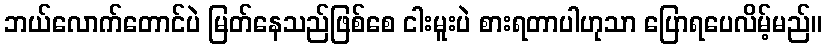
ဘယ်လောက်တောင်ပဲ မြတ်နေသည်ဖြစ်စေ ငါးမူးပဲ စားရတာပါဟုသာ ပြောရပေလိမ့်မည်။